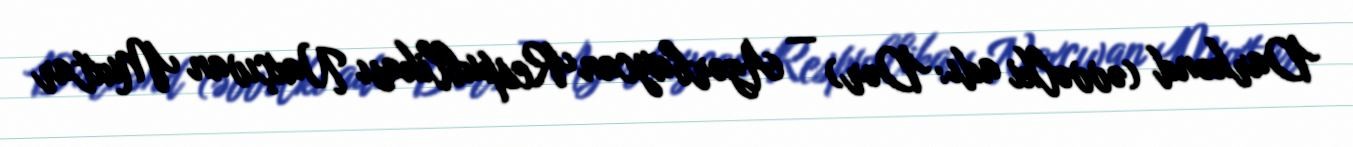
Darkənd (əvvəlki adı: Dər) — Azərbaycan Respublikası Naxçıvan Muxtar